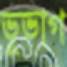
ভূভাগ